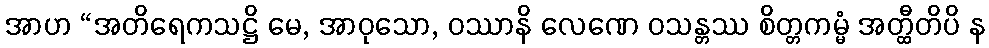
အာဟ “အတိရေကသဋ္ဌိ မေ, အာဝုသော, ဝဿာနိ လေဏေ ဝသန္တဿ စိတ္တကမ္မံ အတ္ထီတိပိ န